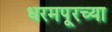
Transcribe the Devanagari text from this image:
धरमपूरच्या